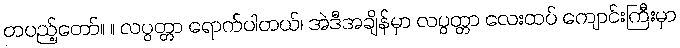
တပည့်တော်။ ။ လပွတ္တာ ရောက်ပါတယ်၊ အဲဒီအချိန်မှာ လပွတ္တာ လေးထပ် ကျောင်းကြီးမှာ